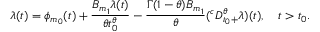
\lambda ( t ) = \phi _ { m _ { 0 } } ( t ) + \frac { B _ { m _ { 1 } } \lambda ( t ) } { \theta t _ { 0 } ^ { \theta } } - \frac { \Gamma ( 1 - \theta ) B _ { m _ { 1 } } } { \theta } ( ^ { c } D _ { t _ { 0 } + } ^ { \theta } \lambda ) ( t ) , \quad t > t _ { 0 } .